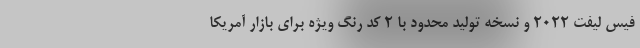
فیس لیفت 2022 و نسخه تولید محدود با 2 کد رنگ ویژه برای بازار آمریکا